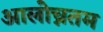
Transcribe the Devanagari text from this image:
आलोच्नतम